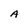
Character: A